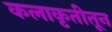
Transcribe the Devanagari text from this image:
कलाकृतीतून